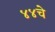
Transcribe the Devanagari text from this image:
४४चे